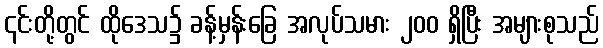
၎င်းတို့တွင် ထိုဒေသ၌ ခန့်မှန်းခြေ အလုပ်သမား ၂၀၀ ရှိပြီး အများစုသည်